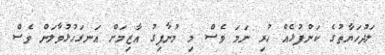
ލަދުހަޔާތުގެ ކަންފުޅެއް ހުރި ނަމަ ވެސް މި މުނާފިގު އާޒިމަށް އަނގަހުޅުވާލަން ވެސް